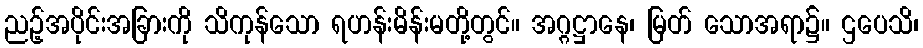
ညဉ့်အပိုင်းအခြားကို သိကုန်သော ရဟန်းမိန်းမတို့တွင်။ အဂ္ဂဋ္ဌာနေ၊ မြတ် သောအရာ၌။ ဌပေသိ၊